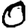
Digit: 0